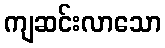
ကျဆင်းလာသော